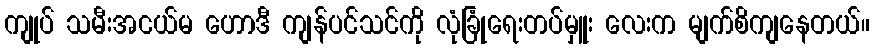
ကျုပ် သမီးအငယ်မ ဟောဒီ ကျန်ပင်သင်ကို လုံခြုံရေးတပ်မှူး လေးက မျက်စိကျနေတယ်။